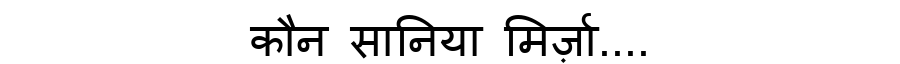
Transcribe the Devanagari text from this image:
कौन सानिया मिर्ज़ा....